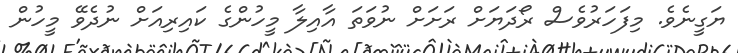
ޔަގީނެވެ. މިފަހަރުވެސް ރޯދަޔަށް ރަށަށް ނުވަތަ އާއިލާ މީހުންގެ ކައިރިއަށް ނުދެވޭ މީހުން